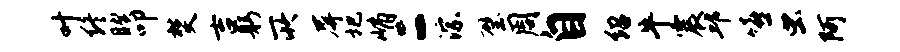
叶终睽叩焚吉躬所屏圯峭二淙璧周自绍牛震邱嘻虫阿